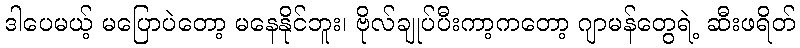
ဒါပေမယ့် မပြောပဲတော့ မနေနိုင်ဘူး၊ ဗိုလ်ချုပ်ပီးကာ့ကတော့ ဂျာမန်တွေရဲ့ ဆီးဖရိတ်